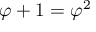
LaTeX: \varphi + 1 = \varphi ^ { 2 }